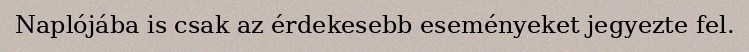
Naplójába is csak az érdekesebb eseményeket jegyezte fel.